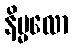
နိမ္မလော